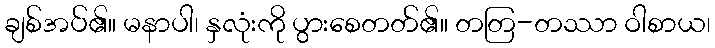
ချစ်အပ်၏။ မနာပါ၊ နှလုံးကို ပွားစေတတ်၏။ တတြ-တဿာ ဝါစာယ၊